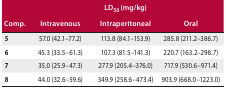
| <COLSPAN=4> LD50 (mg/kg) |
 | Comp. | Intravenous | Intraperitoneal | Oral |
 | --- | --- | --- | --- |
 | 5 | 57.0 (42.1–77.2) | 113.8 (84.1–153.9) | 285.8 (211.2–386.7) |
 | 6 | 45.3 (33.5–61.3) | 107.3 (81.5–141.3) | 220.7 (163.2–298.7) |
 | 7 | 35.0 (25.9–47.3) | 277.9 (205.4–376.0) | 717.9 (530.6–971.4) |
 | 8 | 44.0 (32.6–59.6) | 349.9 (258.6–473.4) | 903.9 (668.0–1223.0) |